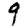
Digit: 9